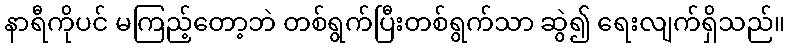
နာရီကိုပင် မကြည့်တော့ဘဲ တစ်ရွက်ပြီးတစ်ရွက်သာ ဆွဲ၍ ရေးလျက်ရှိသည်။